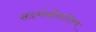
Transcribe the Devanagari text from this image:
संदर्भचौकटीतच